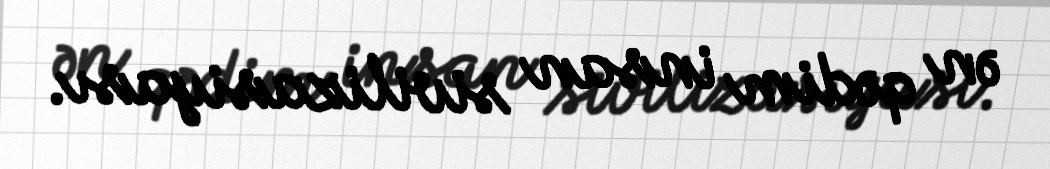
ən qədim insan sivilizasiyası.